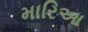
મારિઆ